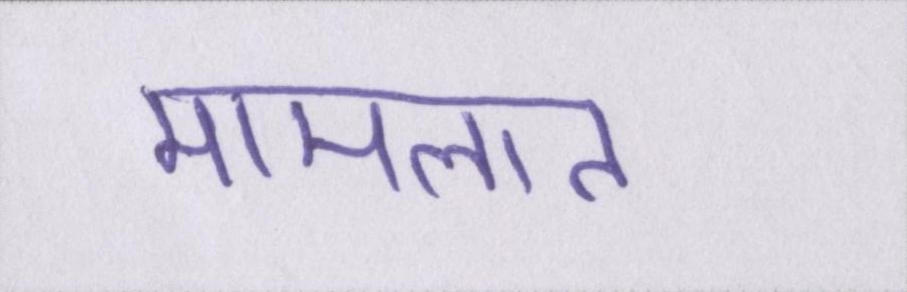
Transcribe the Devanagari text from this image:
मामलात